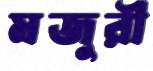
মজুরী